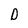
Character: D